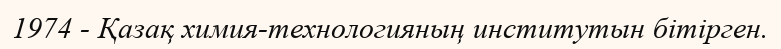
1974 - Қазақ химия-технологияның институтын бітірген.